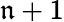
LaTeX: \mathfrak{n}+1